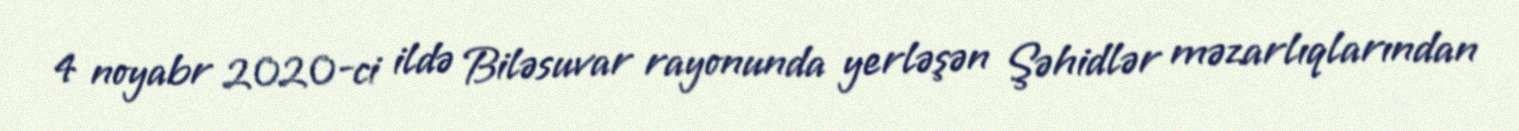
4 noyabr 2020-ci ildə Biləsuvar rayonunda yerləşən Şəhidlər məzarlıqlarından